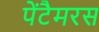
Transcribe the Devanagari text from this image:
पेंटैमरस